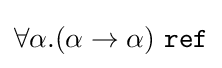
{\textstyle \forall \alpha .(\alpha \to \alpha )\ {\mathtt {ref}}}